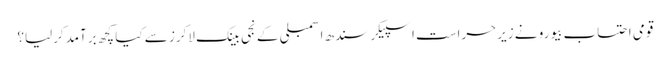
قومی احتساب بیورو نے زیرحراست اسپیکر سندھ اسمبلی کے نجی بینک لاکرز سے کیا کچھ برآمدکرلیا؟